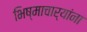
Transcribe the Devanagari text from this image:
भिष्माचार्यांना